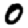
Digit: 0